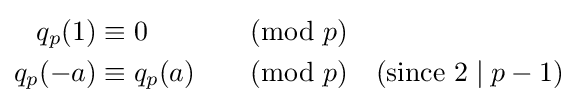
{\begin{aligned}q_{p}(1)&\equiv 0&&{\pmod {p}}\\q_{p}(-a)&\equiv q_{p}(a)&&{\pmod {p}}\quad ({\text{since }}2\mid p-1)\end{aligned}}